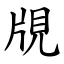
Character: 覑